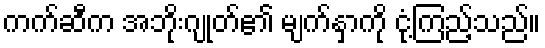
ကက်ဆီက အဘိုးဂျုတ်၏ မျက်နှာကို ငုံ့ကြည့်သည်။